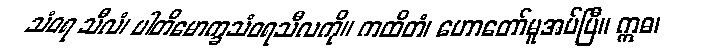
သံဝရ သီလံ၊ ပါတိမောက္ခသံဝရသီလကို။ ကထိတံ၊ ဟောတော်မူအပ်ပြီ။ ဣဓ၊